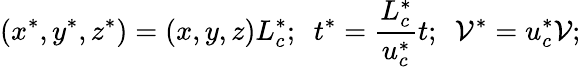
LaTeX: (x^{*},y^{*},z^{*})=(x,y,z)L_{c}^{*};~~t^{*}=\frac{L_{c}^{*}}{u_{c}^{*}}t;~~\mathcal{V}^{*}=u_{c}^{*}\mathcal{V};